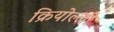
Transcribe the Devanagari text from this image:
क्रियोल्लो